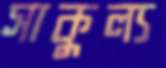
সাকুল্য